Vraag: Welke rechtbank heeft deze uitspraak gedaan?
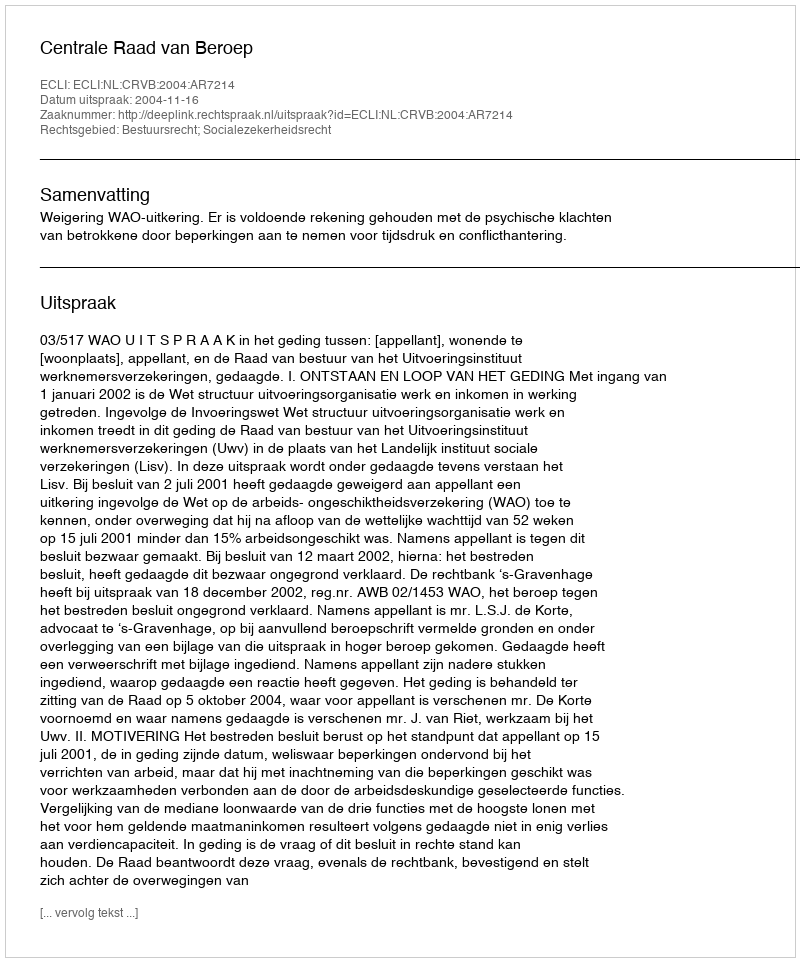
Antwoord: Centrale Raad van Beroep